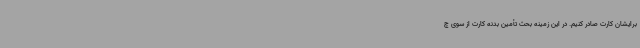
برایشان کارت صادر کنیم. در این زمینه بحث تأمین بدنه کارت از سوی چ